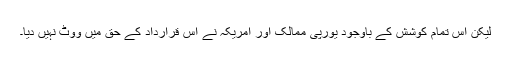
لیکن اس تمام کوشش کے باوجود یورپی ممالک اور امریکہ نے اس قرارداد کے حق میں ووٹ نہیں دیا۔